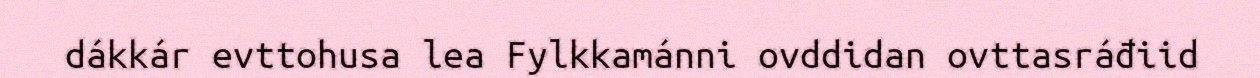
dákkár evttohusa lea Fylkkamánni ovddidan ovttasráđiid